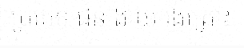
ប្រភេទ ជន ងាយ រងគ្រោះ